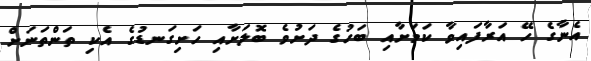
އެނާގެ ހޭ އަރާފައިވާ ކަމަށާއި ބަހުގެ ދަށުވެ ބޮލަށާއި ހަށިގަނޑުގެ އެކި ތަންތަނަށް